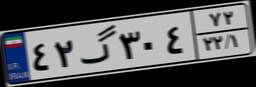
۴۲گ۳۰۴۷۲